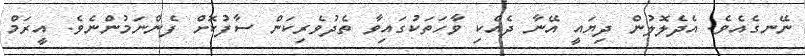
ނޭނގެއެވެ. އެދެލޮލުން ދިޔައީ އޭނާ ދެއްކި ވާހަތަކުގައިވާ ތެދުވެރިކަން ސާފުކޮށް ފެންނަމުންނެވެ. އީރަމް